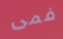
فمى